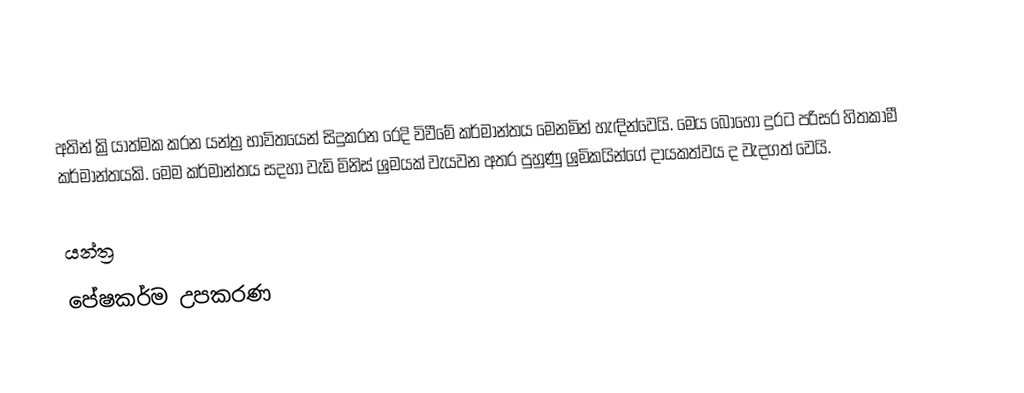
අතින් ක්‍රියාත්මක කරන යන්ත්‍ර භාවිතයෙන් සිදුකරන රෙදි විවීමේ කර්මාන්තය මෙනමින් හැඳින්වෙයි. මෙය බොහෝ දුරට පරිසර හිතකාමී කර්මාන්තයකි. මෙම කර්මාන්තය සදහා වැඩි මිනිස් ශ්‍රමයක් වැයවන අතර පුහුණු ශ්‍රමිකයින්ගේ දායකත්වය ද වැදගත් වෙයි.

යන්ත්‍ර
පේෂකර්ම උපකරණ